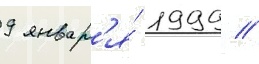
9 январ'я́ 1999 //